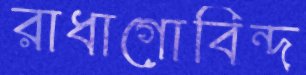
রাধাগোবিন্দ